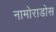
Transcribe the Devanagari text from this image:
नामोराडोस